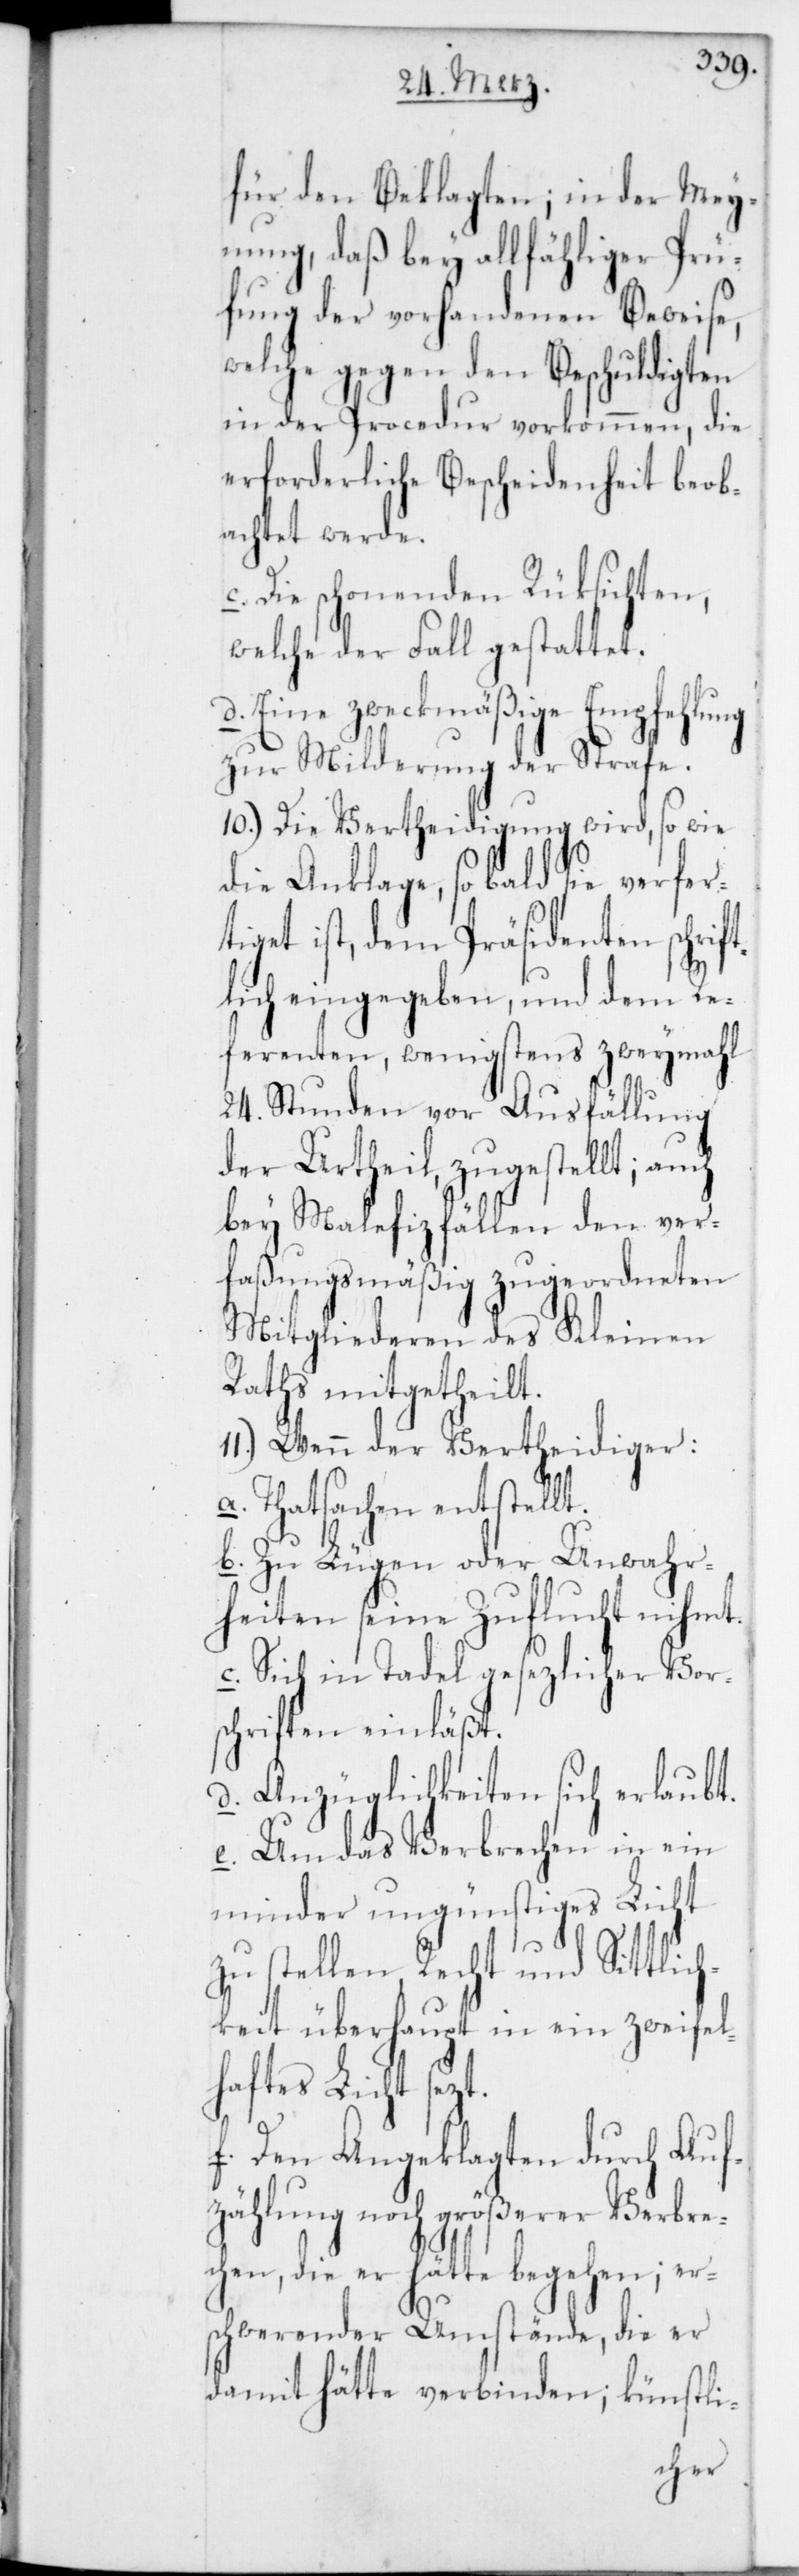
für den Beklagten; in der Mey¬
nung, daß bey allfähliger Prü¬
fung der vorhandenen Beweise,
welche gegen den Beschuldigten
in der Procedur vorkommen, die
erforderliche Bescheidenheit beob¬
achtet werde.
Die schonenden Rüksichten,
welche der Fall gestattet.
d. Eine zweckmäßige Empfehlung
zur Milderung der Strafe.
10.) Die Vertheidigung wird, so wie
die Anklage, so bald sie verfer¬
tiget ist, dem Präsidenten schrif¬
tlich eingegeben, und dem Re¬
ferenten, wenigstens zweymahl
24. Stunden vor Ausfällung
bey Malefizfällen den ver¬
faßungsmäßig zugeordneten
Mitgliederen des Kleinen
Raths mitgetheilt.
11.) Wenn der Vertheidiger:
a. Thatsachen entstellt.
b. Zu Lügen oder Unwahr¬
heiten seine Zuflucht nihmt.
c. Sich in Tadel gesetzlicher Vor¬
schriften einläßt.
d. Anzüglichkeiten sich erlaubt.
e. Um das Verbrechen in ein
minder ungünstiges Licht
zu stellen, Recht und Sittlich¬
keit überhaupt in ein zweifel¬
haftes Licht
f. Den Angeklagten durch Auf¬
zählung noch größerer Verbre¬
die er hätte begehen;
schwerender Umstände, die er
damit hätte verbinden; künstli-
er¬